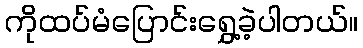
ကိုထပ်မံပြောင်းရွှေ့ခဲ့ပါတယ်။